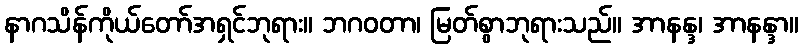
နာဂသိန်ကိုယ်တော်အရှင်ဘုရား။ ဘဂဝတာ၊ မြတ်စွာဘုရားသည်။ အာနန္ဒ၊ အာနန္ဒာ။